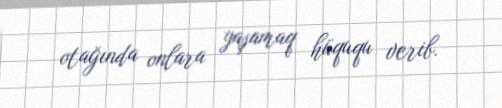
otağında onlara yaşamaq hüququ verib.